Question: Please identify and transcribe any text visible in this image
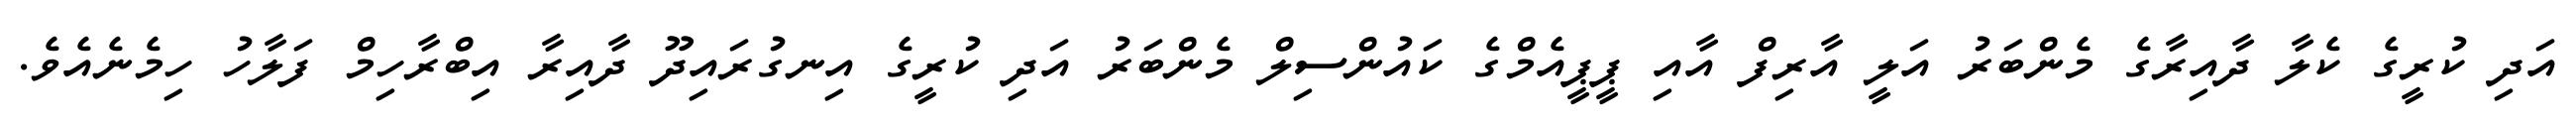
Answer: އަދި ކުރީގެ ކެލާ ދާއިރާގެ މެންބަރު އަލީ އާރިފް އާއި ޕީޕީއެމްގެ ކައުންސިލް މެންބަރު އަދި ކުރީގެ އިނގުރައިދޫ ދާއިރާ އިބްރާހިމް ފަލާހު ހިމެނެއެވެ.